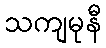
သကျမုနီ